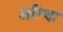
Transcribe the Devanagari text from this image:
अरिचा